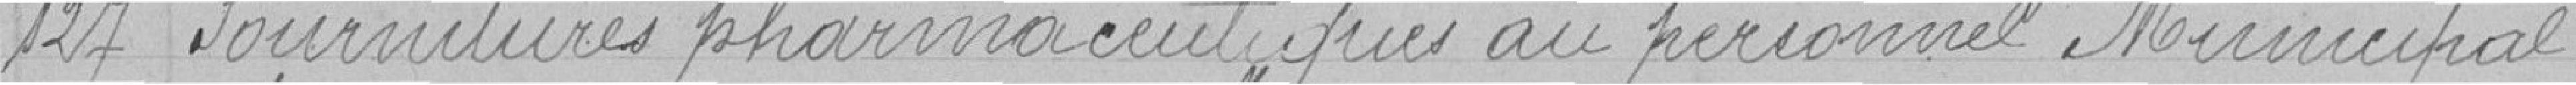
127 Fournitures pharmaceutiques au personnel municipal